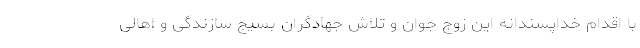
با اقدام خداپسندانه این زوج جوان و تلاش جهادگران بسیج سازندگی و اهالی